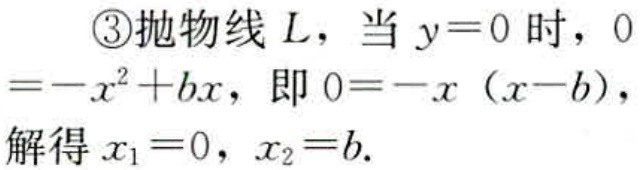
\textcircled{3}抛物线 \(L\)，当 \(y = 0\) 时，\(0=-x^{2}+bx\)，即 \(0 = -x(x - b)\)，解得 \(x_{1}=0\)，\(x_{2}=b\).